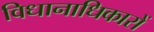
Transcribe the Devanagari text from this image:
विधानाधिकारों